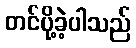
တင်ပို့ခဲ့ပါသည်